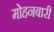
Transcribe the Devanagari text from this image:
मोहनबारी